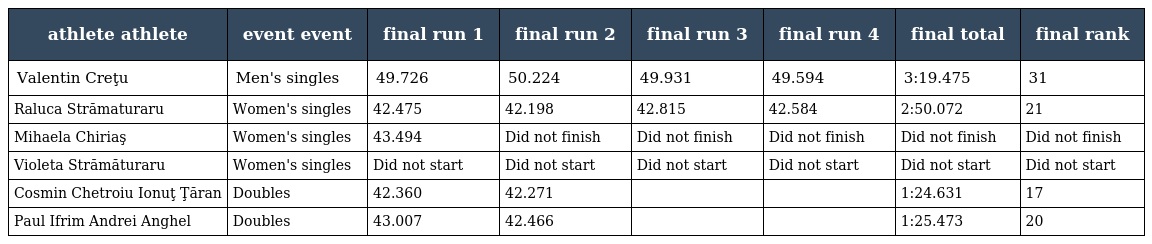
| athlete athlete | event event | final run 1 | final run 2 | final run 3 | final run 4 | final total | final rank |
 | --- | --- | --- | --- | --- | --- | --- | --- |
 | Valentin Creţu | Men's singles | 49.726 | 50.224 | 49.931 | 49.594 | 3:19.475 | 31 |
 | Raluca Strămaturaru | Women's singles | 42.475 | 42.198 | 42.815 | 42.584 | 2:50.072 | 21 |
 | Mihaela Chiriaş | Women's singles | 43.494 | Did not finish | Did not finish | Did not finish | Did not finish | Did not finish |
 | Violeta Strămăturaru | Women's singles | Did not start | Did not start | Did not start | Did not start | Did not start | Did not start |
 | Cosmin Chetroiu Ionuţ Ţăran | Doubles | 42.360 | 42.271 |  |  | 1:24.631 | 17 |
 | Paul Ifrim Andrei Anghel | Doubles | 43.007 | 42.466 |  |  | 1:25.473 | 20 |